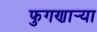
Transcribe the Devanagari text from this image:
फुगणार्‍या